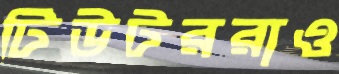
টিউটররাও